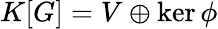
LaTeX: K[G]=V\oplus\ker\phi